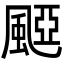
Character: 𩗽